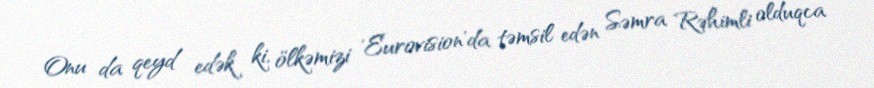
Onu da qeyd edək ki, ölkəmizi 'Eurovision'da təmsil edən Səmra Rəhimli olduqca